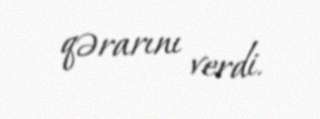
qərarını verdi.